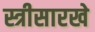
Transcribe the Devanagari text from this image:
स्त्रीसारखे